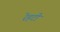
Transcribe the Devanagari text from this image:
रेहटी